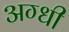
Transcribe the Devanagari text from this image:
अग्धी